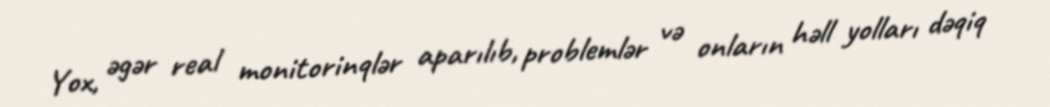
Yox, əgər real monitorinqlər aparılıb, problemlər və onların həll yolları dəqiq